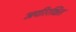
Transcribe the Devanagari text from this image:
अपरिरक्षित